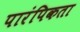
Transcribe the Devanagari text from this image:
पारंपिकता